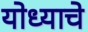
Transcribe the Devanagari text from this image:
योध्याचे